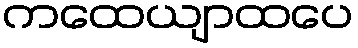
ကထေယျာထပေ